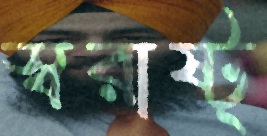
স্বরাষ্ট্